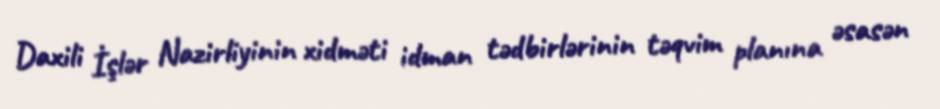
Daxili İşlər Nazirliyinin xidməti idman tədbirlərinin təqvim planına əsasən